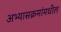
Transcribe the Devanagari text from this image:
अभ्यासक्रमांमधील